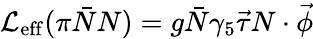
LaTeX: {\cal L}_{\mathrm{eff}}(\pi\bar{N}N)=g\bar{N}\gamma_{5}\vec{\tau}N\cdot\vec{\phi}